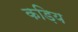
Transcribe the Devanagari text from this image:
कड़िय